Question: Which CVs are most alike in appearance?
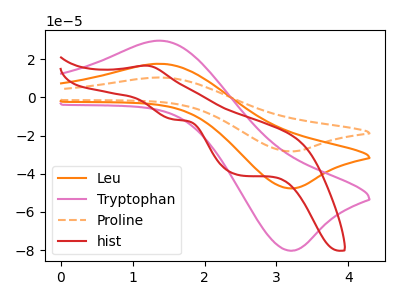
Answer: <think>The orange curve "Leu" has an anodic peak at (1.40V, 17.65uA) and a cathodic peak at (3.15V, -47.60uA). The pink curve "Tryptophan" has an anodic peak at (1.40V, 29.75uA) and a cathodic peak at (3.15V, -80.20uA). The orange dashed curve "Proline" has an anodic peak at (1.40V, 35.30uA) and a cathodic peak at (3.15V, -95.15uA). The red curve "hist" has an anodic peak at (1.15V, 16.70uA) and cathodic peaks at (1.55V, -11.50uA) (2.50V, -40.80uA).
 All the peaks in "Leu" have a peak in "Tryptophan" at the same potential. Every peak in "Leu" is lower than every peak in "Tryptophan". All the peaks in "Leu" have a peak in "Proline" at the same potential. Every peak in "Leu" is lower than every peak in "Proline". "Leu" and "hist" have a different number of peaks. All the peaks in "Tryptophan" have a peak in "Proline" at the same potential. Every peak in "Tryptophan" is lower than every peak in "Proline". "Tryptophan" and "hist" have a different number of peaks. "Proline" and "hist" have a different number of peaks.</think>
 <answer>"Tryptophan", "Leu" and "Proline" have the same shape and are likely CV's of the same chemical.</answer>
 <eval>"Tryptophan" "Leu" "Proline"</eval>